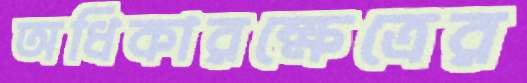
অধিকারক্ষেত্রের